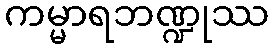
ကမ္မာရဘဏ္ဍုဿ